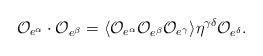
LaTeX: \begin{align*}{\cal O}_{e^{\alpha}}\cdot{\cal O}_{e^{\beta}}=\langle {\cal O}_{e^{\alpha}}{\cal O}_{e^{\beta}}{\cal O}_{e^{\gamma}}\rangle\eta^{\gamma\delta}{\cal O}_{e^{\delta}}.\end{align*}